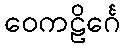
ဝေကဠိင်္ဂေ